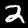
Label: 2